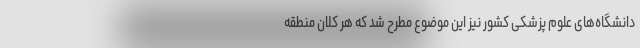
دانشگاه‌های علوم پزشکی کشور نیز این موضوع مطرح شد که هر کلان منطقه